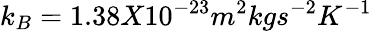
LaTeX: k_{B}=1.38X10^{-23}m^{2}kgs^{-2}K^{-1}